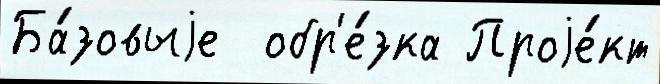
Ба́зовыjе  обр'е́зка Проjе́кт